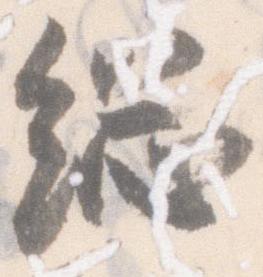
総